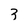
Character: 3